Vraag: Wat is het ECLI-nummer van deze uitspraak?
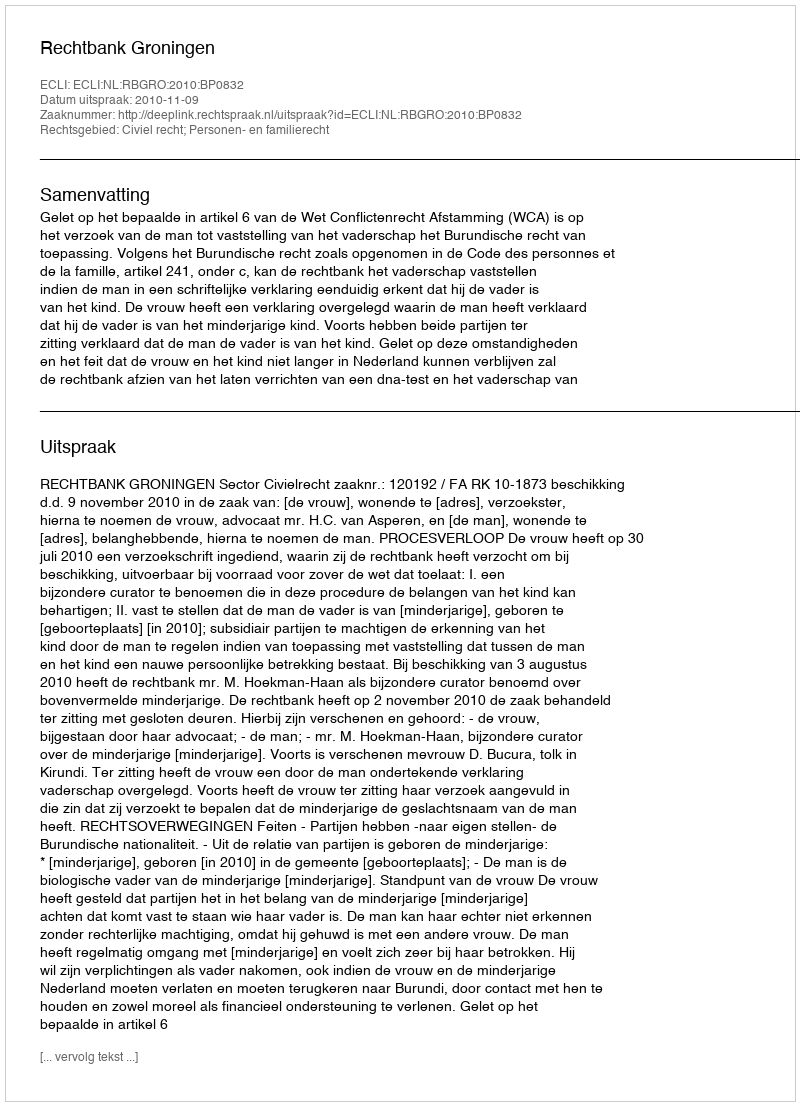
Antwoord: ECLI:NL:RBGRO:2010:BP0832